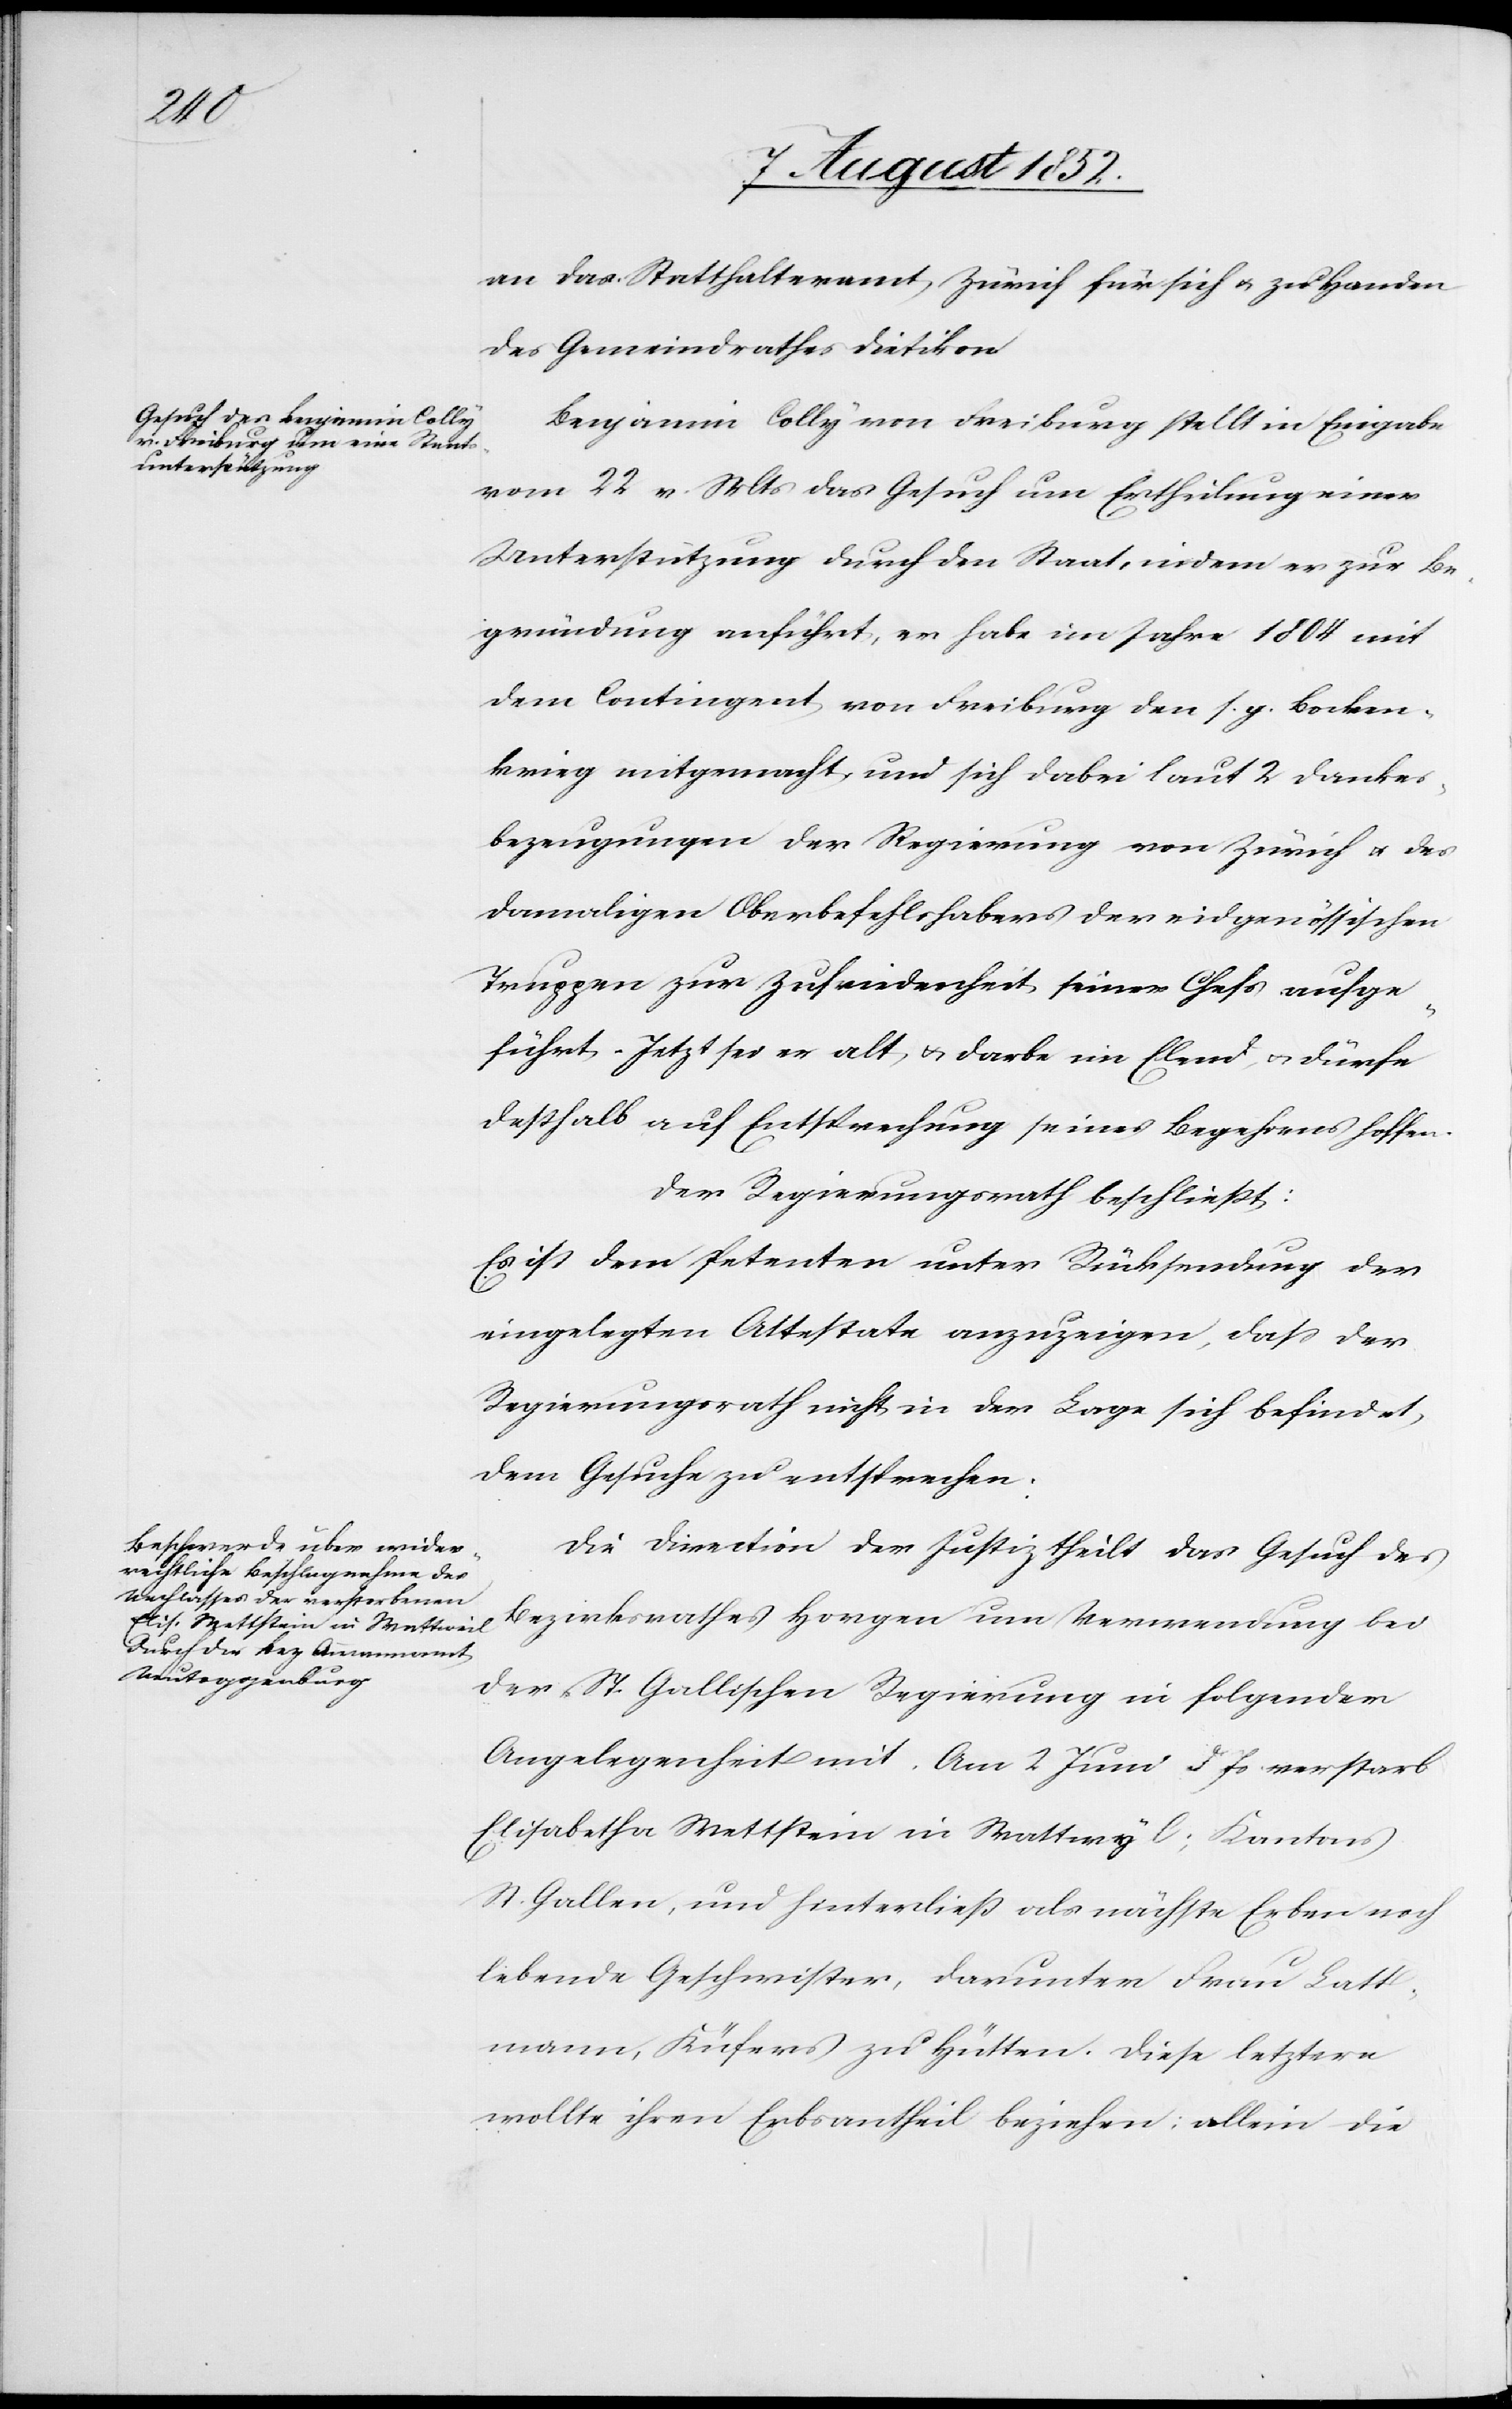
an das Statthalteramt Zürich für sich & zu Handen
des Gemeindrathes Dietikon.
Benjamin Colly von Freiburg stellt in Eingabe
vom 22 v. Mts das Gesuch um Ertheilung einer
Unterstützung durch den Staat, indem er zur Be¬
gründung anführt, er habe im Jahre 1804 mit
dem Contingent von Freiburg den s. g. Bocken¬
krieg mitgemacht und sich dabei laut 2 Dankes¬
bezeugungen der Regierung von Zürich & des
damaligen Oberbefehlshabers der eidgenössischen
Truppen zur Zufriedenheit seiner Chefs aufge¬
führt. Jetzt sei er alt & darbe im Elend, & dürfe
deßhalb auf Entsprechung seines Begehrens hoffen.
Der Regierungsrath beschließt:
Es ist dem Petenten unter Rücksendung der
eingelegten Attestate anzuzeigen, dass der
Regierungsrath nicht in der Lage sich befindet,
dem Gesuche zu entsprechen.
Die Direction der Justiz theilt das Gesuch des
Bezirksrathes Horgen um Verwendung bei
der St. Gallischen Regierung in folgender
Angelegenheit mit. Am 2 Juni d Js verstarb
Elisabetha Wettstein in Wattwyl; Kantons
St. Gallen, und hinterließ als nächste Erben noch
lebende Geschwister, darunter Frau Latt¬
mann, Küfers zu Hütten. Diese letztere
wollte ihren Erbsantheil beziehen; allein die